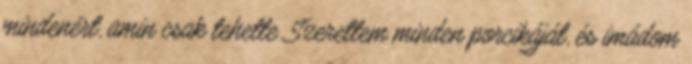
mindenért, amin csak tehette. Szerettem minden porcikáját, és imádom